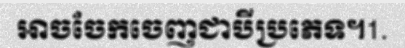
អាចចែកចេញជាបីប្រភេទ។1.